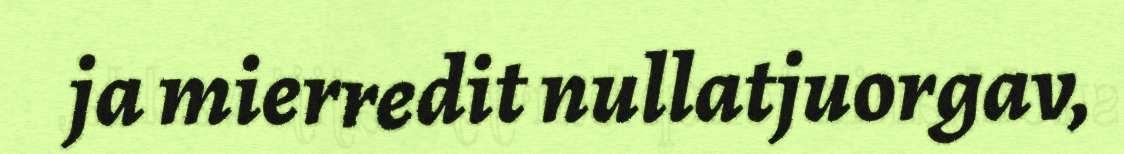
ja mierredit nullatjuorgav,